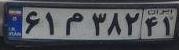
۶۱م۳۸۲۴۱